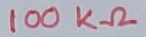
Text: 100KΩ